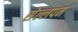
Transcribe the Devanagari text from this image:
सेल्लपन